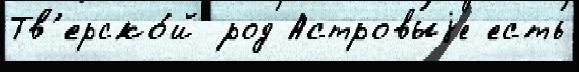
Тв'ерско́й род Астровыjе есть